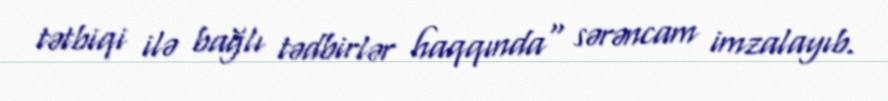
tətbiqi ilə bağlı tədbirlər haqqında" sərəncam imzalayıb.